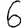
Digit: 6